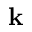
{ \bf k }